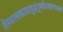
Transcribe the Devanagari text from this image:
तेस्मत्सकाशाद्गृह्णंतुबलिमष्टांगमक्षयं